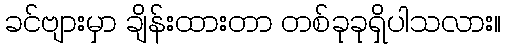
ခင်ဗျားမှာ ချိန်းထားတာ တစ်ခုခုရှိပါသလား။